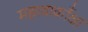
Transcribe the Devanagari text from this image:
महत्वाकाँक्षा